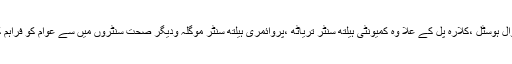
انہوں نے کالا کوٹ میں زیر تعمیر گوجر بکروال ہوسٹل ،کلارہ پل کے علا وہ کمیونٹی ہیلتھ سنٹر تریاٹھ ،پروائمری ہیلتھ سنٹر موگلہ ودیگر صحت سنٹروں میں سے عوام کو فراہم کردہ سہولیات و دیگر اقدامات کا جائزہ بھی لیا ۔